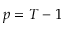
p = T - 1